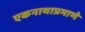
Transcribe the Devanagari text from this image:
एकनाथाप्रमाणे